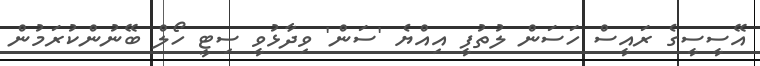
އޭސީސީގެ ރައީސް ހަސަން ލުތުފީ އިއްޔެ 'ސަން' ވިދާޅުވީ ސިޓީ ހޯލް ބޭނުންކުރަމުން